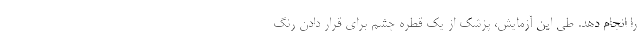
را انجام دهد. طی این آزمایش، پزشک از یک قطره چشم برای قرار دادن رنگ